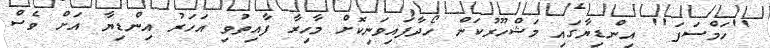
''ހަމްސަފަ'' އިންޑިޔާގައި މަޝްހޫރުކަން ހޯދާފައިވަނިކޮށް މާހިރާ ފާއިތުވި އަހަރު އިންޑިޔާ އަށް ވެސް